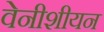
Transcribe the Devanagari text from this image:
वेनीशीयन